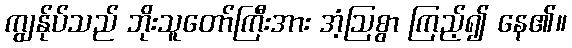
ကျွန်ုပ်သည် ဘိုးသူတော်ကြီးအား အံ့ဩစွာ ကြည့်၍ နေ၏။